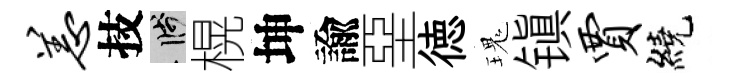
恙技箋榥坤諭堊徳瑰镇贾繞